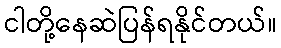
ငါတို့နေဆဲပြန်ရနိုင်တယ်။